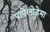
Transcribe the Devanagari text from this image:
पापेलोडेमा